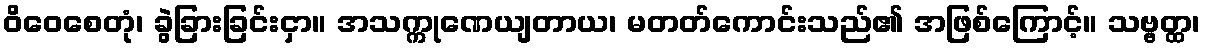
ဝိဝေစေတုံ၊ ခွဲခြားခြင်းငှာ။ အသက္ကုဏေယျတာယ၊ မတတ်ကောင်းသည်၏ အဖြစ်ကြောင့်။ သဗ္ဗတ္ထ၊